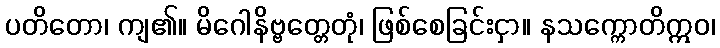
ပတိတော၊ ကျ၏။ မိဂေါနိဗ္ဗတ္တေတုံ၊ ဖြစ်စေခြင်းငှာ။ နသက္ကောတိဣဝ၊